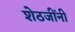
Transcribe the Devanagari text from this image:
शेठजींनी